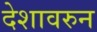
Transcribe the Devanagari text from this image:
देशावरुन